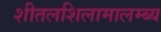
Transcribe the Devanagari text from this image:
शीतलशिलामालम्ब्य